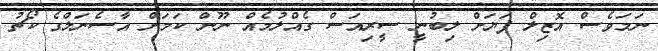
ނަމަވެސް އޮޒިލް ފަޔަށް ލިބުނީ ސީރިއަސް ގެއްލުމެއް ނޫން ކަމަށް އާސެނަލްގެ ކޯޗު